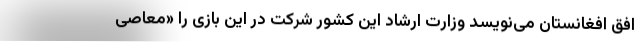
افق افغانستان می‌نویسد وزارت ارشاد این کشور شرکت در این بازی را «معاصی